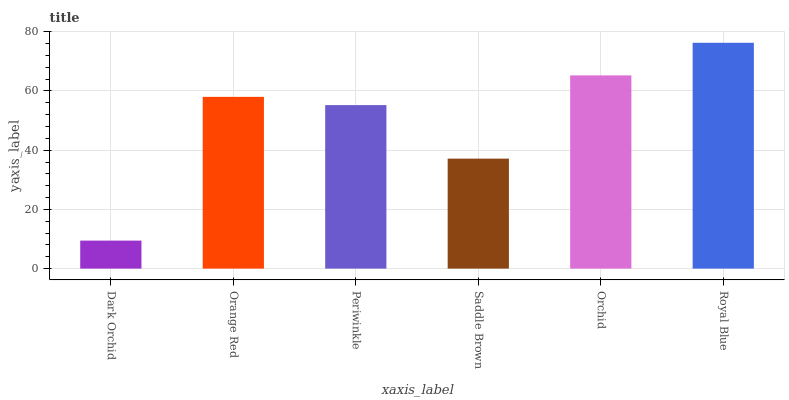
| xaxis_label | bars |
 | --- | --- |
 | Dark Orchid | 9.46 |
 | Orange Red | 58 |
 | Periwinkle | 55.2 |
 | Saddle Brown | 37.1 |
 | Orchid | 65.3 |
 | Royal Blue | 76.3 |